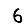
Digit: 6